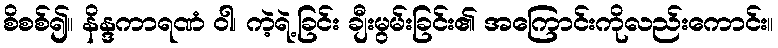
စိစစ်၍။ နိန္ဒကာရဏံ ဝါ၊ ကဲ့ရဲ့ခြင်း ချီးမွမ်းခြင်း၏ အကြောင်းကိုလည်းကောင်း။